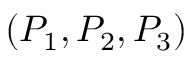
( P _ { 1 } , P _ { 2 } , P _ { 3 } )